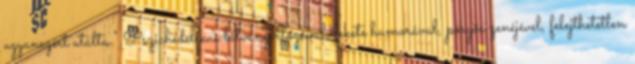
ugyanezért utálta.” Pszichedelikus látványvilágával, fekete humorával, pörgős zenéjével, felejthetetlen